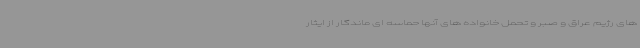
های رژیم عراق و صبر و تحمل خانواده های آنها حماسه ای ماندگار از ایثار